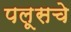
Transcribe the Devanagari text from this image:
पलूसचे